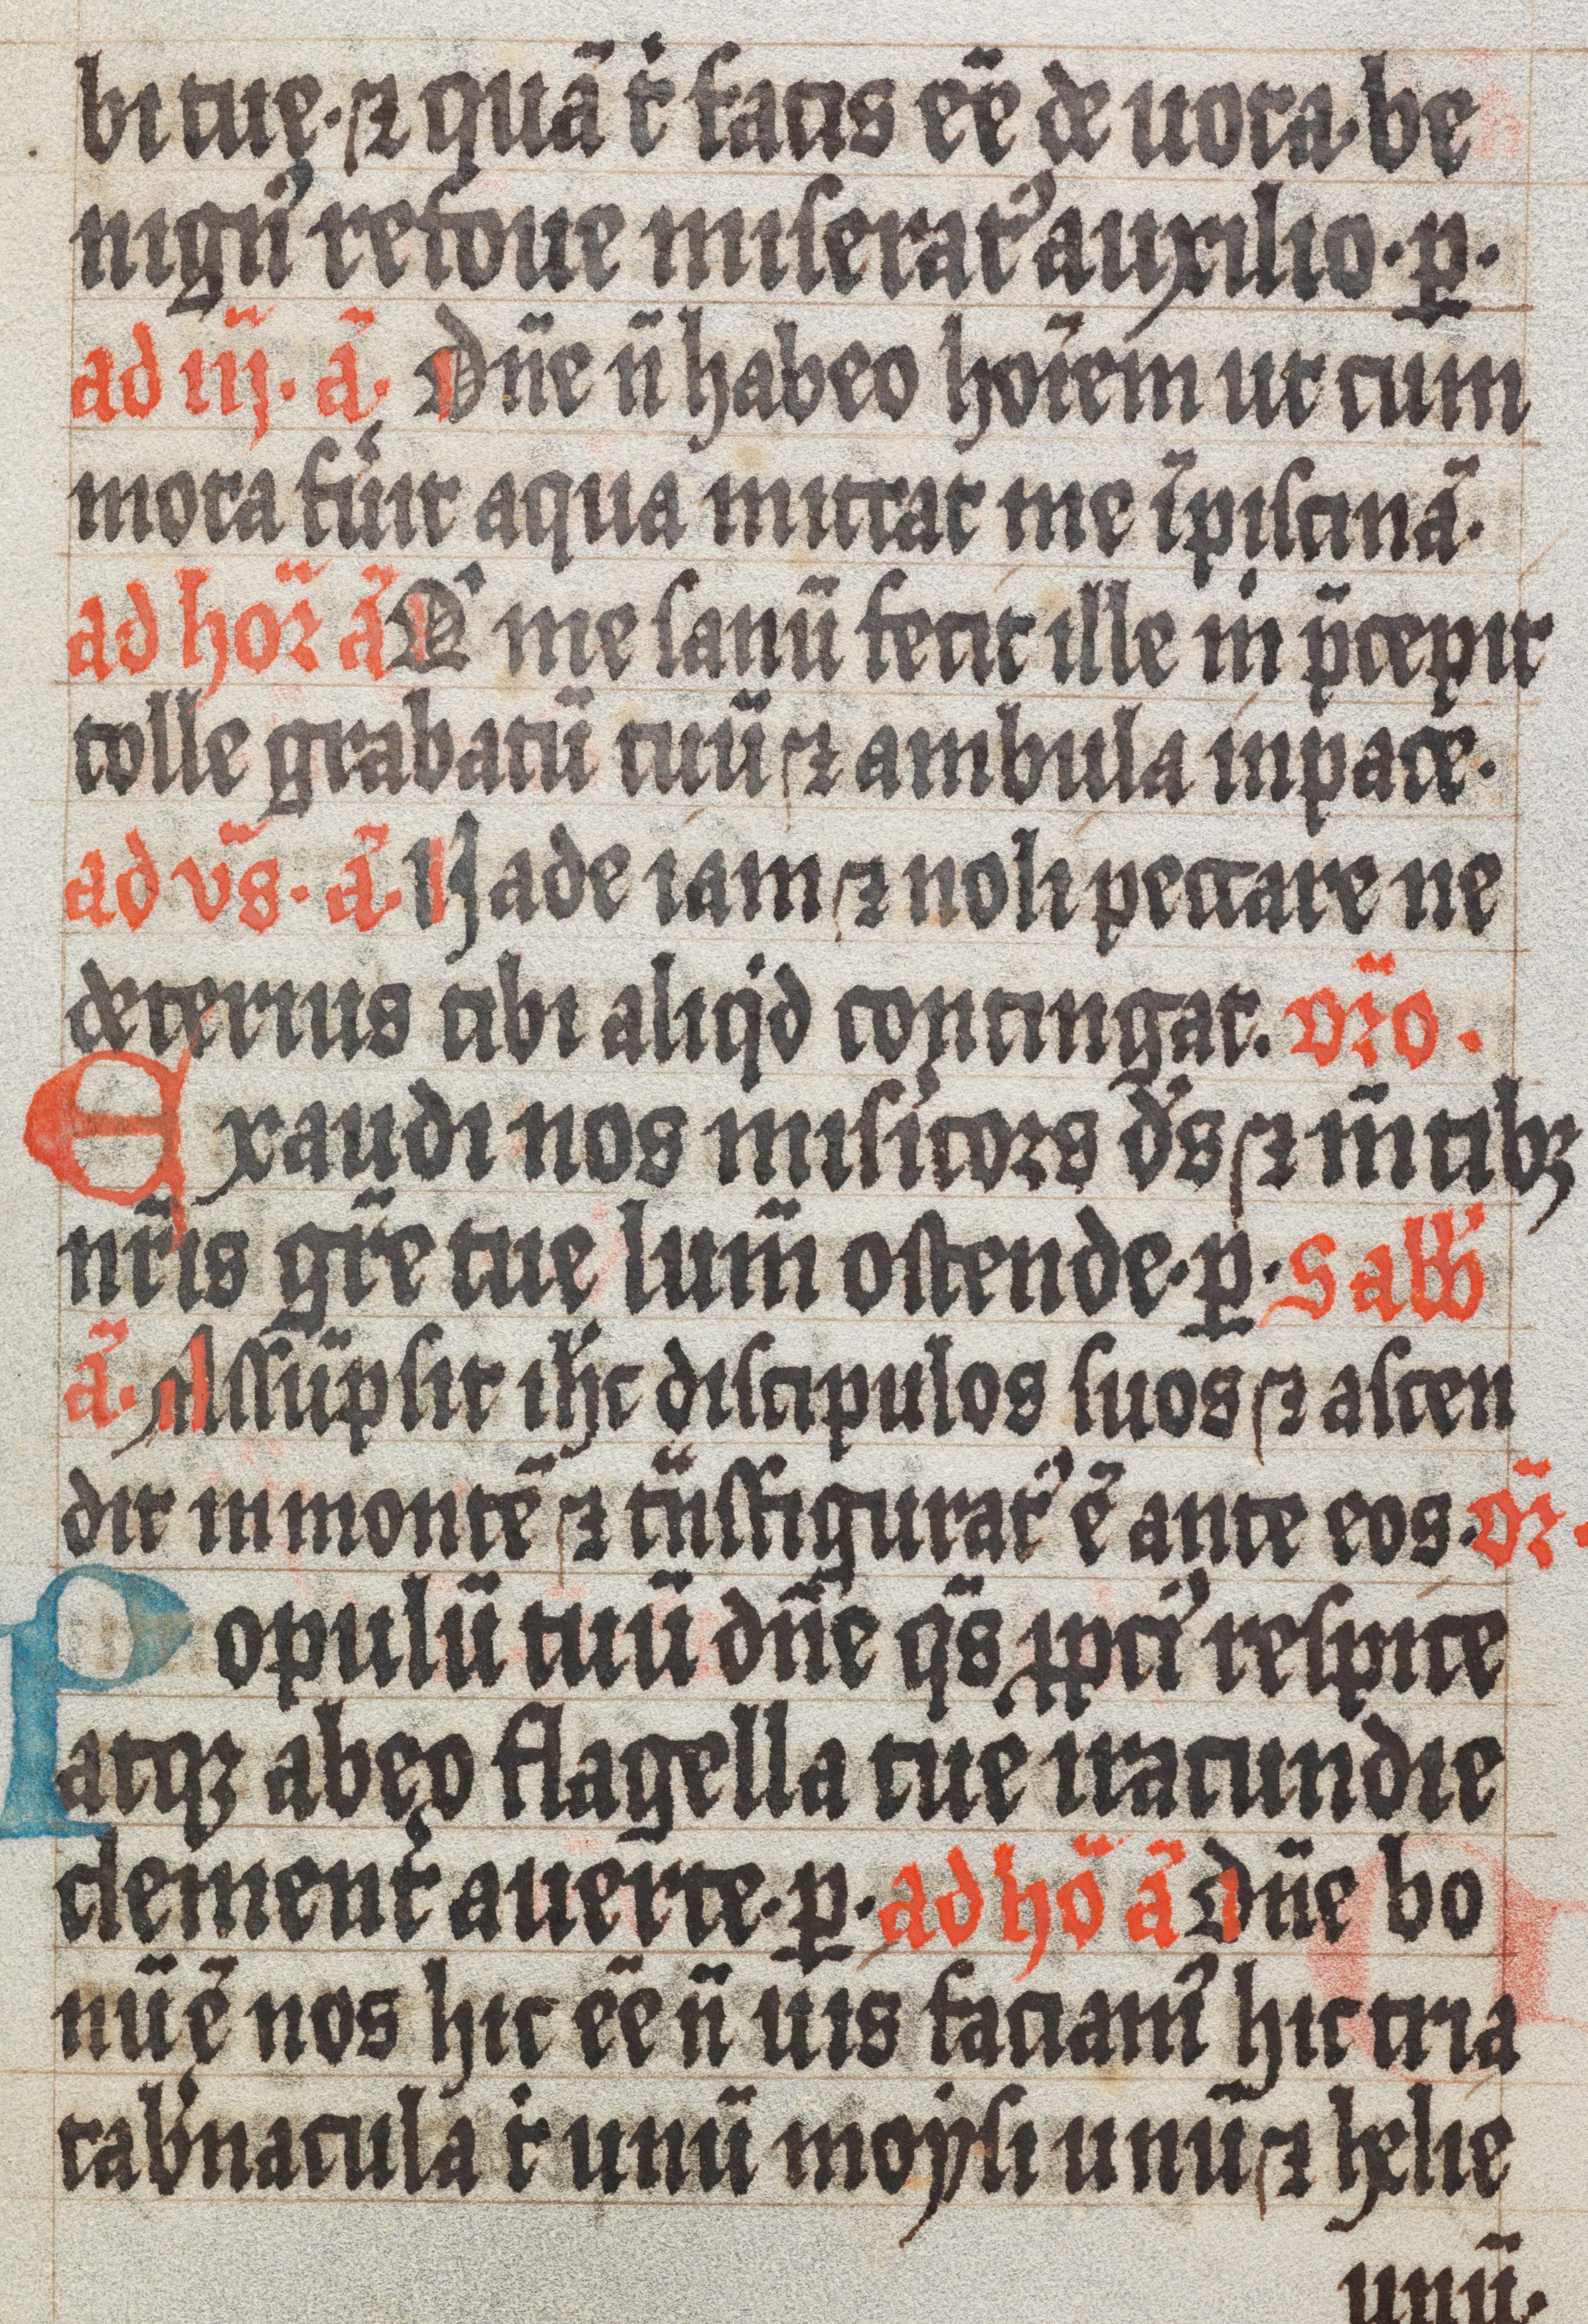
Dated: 1300–1499